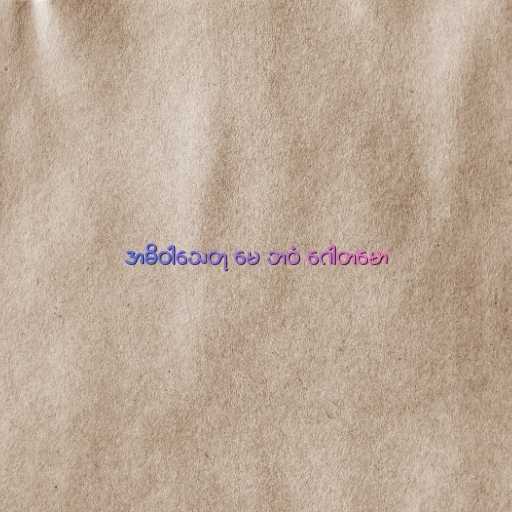
အဓိဝါသေတု မေ ဘဝံ ဂေါတမော